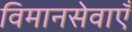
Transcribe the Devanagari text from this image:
विमानसेवाएँ